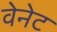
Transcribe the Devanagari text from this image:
वेनेट